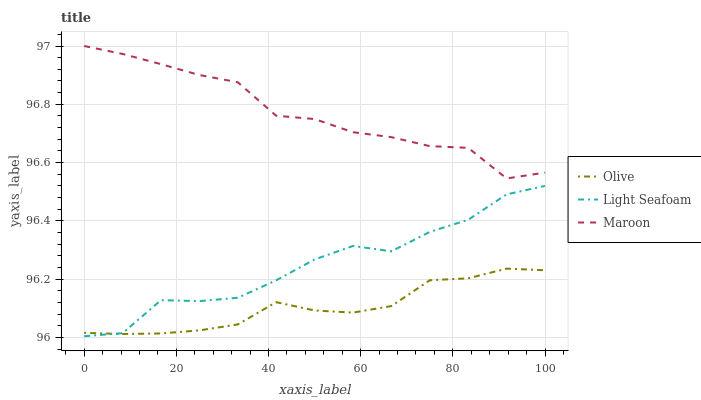
| xaxis_label | Olive | Light Seafoam | Maroon |
 | --- | --- | --- | --- |
 | 0 | 96 | 96 | 97 |
 | 8.33 | 96 | 96 | 97 |
 | 16.7 | 96 | 96.1 | 96.9 |
 | 25 | 96 | 96.1 | 96.9 |
 | 33.3 | 96 | 96.1 | 96.9 |
 | 41.7 | 96.1 | 96.2 | 96.8 |
 | 50 | 96.1 | 96.3 | 96.7 |
 | 58.3 | 96.1 | 96.3 | 96.7 |
 | 66.7 | 96.1 | 96.3 | 96.7 |
 | 75 | 96.2 | 96.4 | 96.7 |
 | 83.3 | 96.2 | 96.4 | 96.7 |
 | 91.7 | 96.2 | 96.5 | 96.5 |
 | 100 | 96.2 | 96.5 | 96.6 |